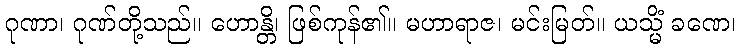
ဂုဏာ၊ ဂုဏ်တို့သည်။ ဟောန္တိ၊ ဖြစ်ကုန်၏။ မဟာရာဇ၊ မင်းမြတ်။ ယသ္မိံ ခဏေ၊